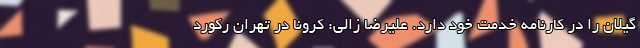
گیلان را در کارنامه خدمت خود دارد. علیرضا زالی: کرونا در تهران رکورد